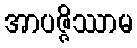
အာပဇ္ဇိဿာမ